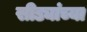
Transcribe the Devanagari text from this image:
सीड्यांच्या